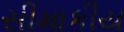
સીમાકીય